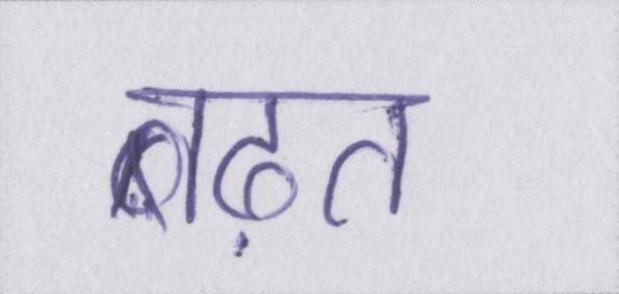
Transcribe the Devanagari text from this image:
बढ़त